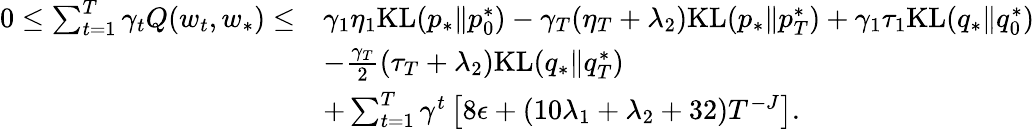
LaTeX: \begin{array}{rl}{0\leq\sum_{t=1}^{T}\gamma_{t}Q(w_{t},w_{*})\leq}&{\gamma_{1}\eta_{1}\mathrm{KL}(p_{*}\| p_{0}^{*})-\gamma_{T}(\eta_{T}+\lambda_{2})\mathrm{KL}(p_{*}\| p_{T}^{*})+\gamma_{1}\tau_{1}\mathrm{KL}(q_{*}\| q_{0}^{*})}\\ &{-\frac{\gamma_{T}}{2}(\tau_{T}+\lambda_{2})\mathrm{KL}(q_{*}\| q_{T}^{*})}\\ &{+\sum_{t=1}^{T}\gamma^{t}\left[8\epsilon+(10\lambda_{1}+\lambda_{2}+32)T^{-J}\right].}\end{array}